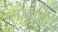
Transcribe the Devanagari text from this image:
ग्लोबोडेरा